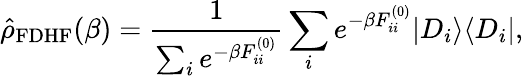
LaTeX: \hat{\rho}_{\mathrm{FDHF}}(\beta)=\frac{1}{\sum_{i}e^{-\beta F_{ii}^{(0)}}}\sum_{i}e^{-\beta F_{ii}^{(0)}}|D_{i}\rangle\langle D_{i}|,